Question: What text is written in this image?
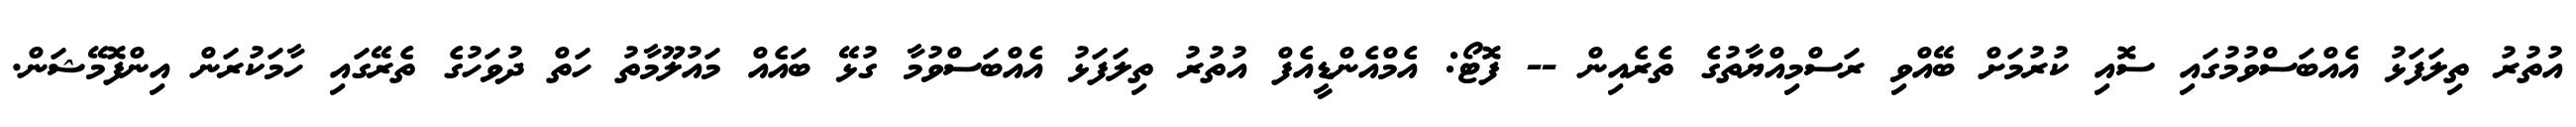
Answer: އުތުރު ތިލަފަޅު އެއްބަސްވުމުގައި ސޮއި ކުރުމަށް ބޭއްވި ރަސްމިއްޔާތުގެ ތެރެއިން -- ފޮޓޯ: އެމްއެންޑީއެފް އުތުރު ތިލަފަޅު އެއްބަސްވުމާ ގުޅޭ ބައެއް މައުލޫމާތު ހަތް ދުވަހުގެ ތެރޭގައި ހާމަކުރަން އިންފޮމޭޝަން.